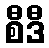
စီဒီ